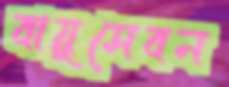
বায়ুসেবন